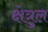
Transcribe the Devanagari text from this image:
क्षेत्रुल